Civil Veterinary Dept. North-West Frontier Province 1901-22 - 1901-1922
Year: 1901
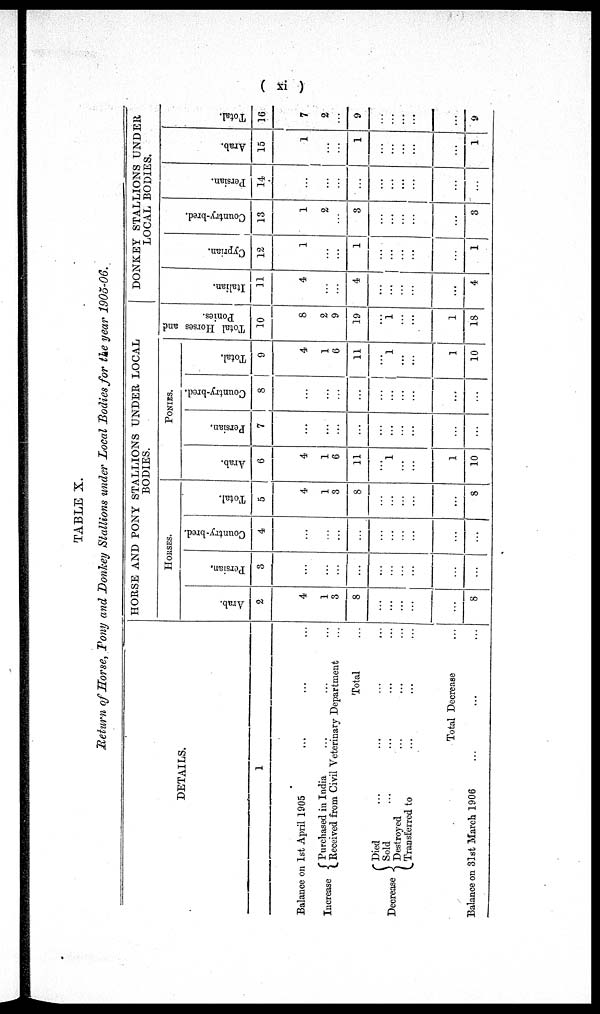
( xi )
TABLE X.
Return of Horse, Pony and Donkey Stallions under Local Bodies for the year 1905-06.
DETAILS.
1
Balance on 1st April 1905
Increase
Purchased in India
Received from Civil Veterinary Department
Total
Decrease
Died ... ... ... ...
Sold ... ... ...
Destroyed ... ... ...
Transferred to ... ... ...
Total Decrease ...
Balance on 31st March 1906 ... ...
HORSE AND PONY STALLIONS UNDER LOCAL
BODIES.
HORSES.
Ar ab.
2
4
1
3
8
...
...
...
...
...
8
Persian.
3
...
...
...
...
...
...
...
...
...
...
Country-bred.
4
...
...
...
...
...
...
...
...
...
...
Tot al .
5
4
1
3
8
...
...
...
...
...
8
PONIES.
Ar ab.
6
4
1
6
11
...
1
...
...
1
10
Persian.
7
...
...
...
...
...
...
...
...
...
...
Country-bred.
8
...
...
...
...
...
...
...
...
...
...
Tot al .
9
4
1
6
11
...
1
...
...
1
10
Tot al Hor s es and
Poni es .
10
8
2
9
19
...
1
...
...
1
18
DONKEY STALLIONS UNDER
LOCAL BODIES.
Italian.
11
4
...
...
4
...
...
...
...
...
4
Cypr i
an.
12
1
...
...
1
...
...
...
...
...
1
Count r
y- br e d.
13
1
2
...
3
...
...
...
...
...
3
Persian.
14
...
...
...
...
...
...
...
...
...
...
Ar ab.
15
1
...
...
1
...
...
...
...
...
1
Tot al .
16
7
2
...
9
...
...
...
...
...
9